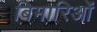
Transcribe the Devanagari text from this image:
बिमारिओं